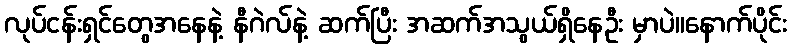
လုပ်ငန်းရှင်တွေအနေနဲ့ နီဂဲလ်နဲ့ ဆက်ပြီး အဆက်အသွယ်ရှိနေဦး မှာပဲ။နောက်ပိုင်း